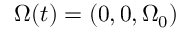
{ \boldsymbol \Omega } ( t ) = ( 0 , 0 , \Omega _ { 0 } )